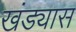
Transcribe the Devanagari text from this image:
खंड्यास